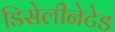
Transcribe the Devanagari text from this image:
डिसेलीनेटेड